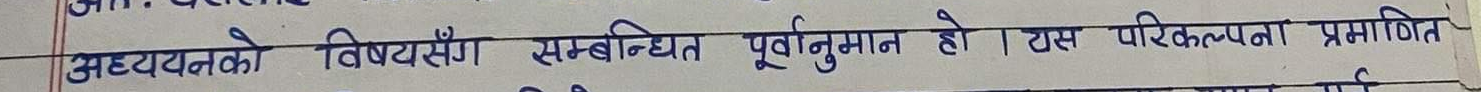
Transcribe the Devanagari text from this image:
अध्ययनको विषयसँग सम्बन्धित पूर्वानुमान हो। यस परिकल्पना प्रमाणित